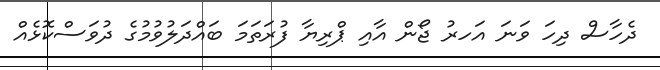
ދެހާސް ދިހަ ވަނަ އަހރު ޖޯން އާއި ޕްރިޔާ ފުރަތަމަ ބައްދަލުވުމުގެ ދުވަސްކޮޅެއް